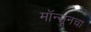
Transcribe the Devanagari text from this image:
मॉन्सूनचा